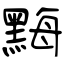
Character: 黣